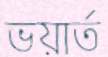
ভয়ার্ত